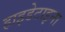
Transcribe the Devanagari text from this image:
हाइडेटाइना